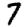
Digit: 7